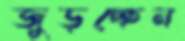
জুড়চ্ছেন